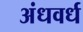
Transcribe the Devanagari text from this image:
अंधवर्ध